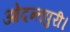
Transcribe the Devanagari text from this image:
ओदन्तपुरी।